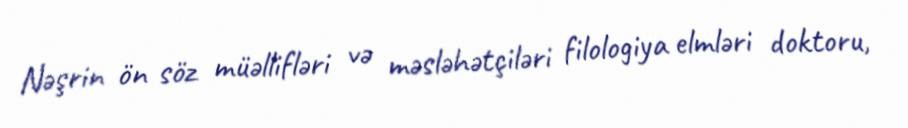
Nəşrin ön söz müəllifləri və məsləhətçiləri filologiya elmləri doktoru,